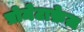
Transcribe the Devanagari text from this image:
प्रोमेटाफ़ेज़